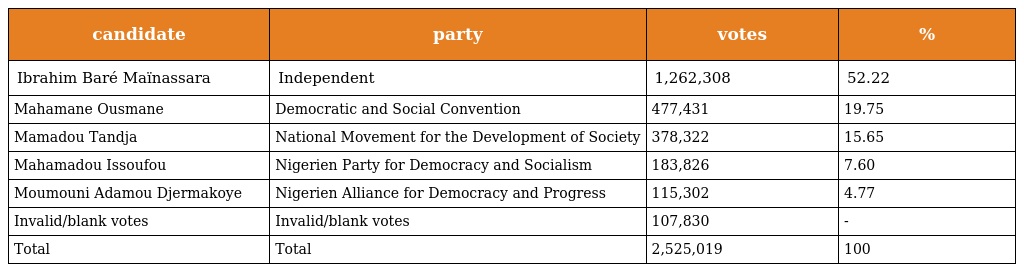
| candidate | party | votes | % |
 | --- | --- | --- | --- |
 | Ibrahim Baré Maïnassara | Independent | 1,262,308 | 52.22 |
 | Mahamane Ousmane | Democratic and Social Convention | 477,431 | 19.75 |
 | Mamadou Tandja | National Movement for the Development of Society | 378,322 | 15.65 |
 | Mahamadou Issoufou | Nigerien Party for Democracy and Socialism | 183,826 | 7.60 |
 | Moumouni Adamou Djermakoye | Nigerien Alliance for Democracy and Progress | 115,302 | 4.77 |
 | Invalid/blank votes | Invalid/blank votes | 107,830 | - |
 | Total | Total | 2,525,019 | 100 |